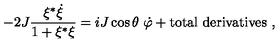
- 2 J { \frac { \xi ^ { * } \dot { \xi } } { 1 + \xi ^ { * } \xi } } = i J \cos \theta \ \dot { \varphi } + \mathrm { t o t a l \ d e r i v a t i v e s } \ ,